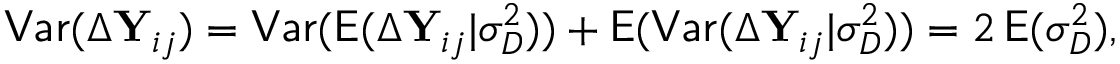
\mathsf { V a r } ( \Delta \mathbf Y _ { i j } ) = \mathsf { V a r } ( \mathsf E ( \Delta \mathbf Y _ { i j } | \sigma _ { D } ^ { 2 } ) ) + \mathsf E ( \mathsf { V a r } ( \Delta \mathbf Y _ { i j } | \sigma _ { D } ^ { 2 } ) ) = 2 \, \mathsf E ( \sigma _ { D } ^ { 2 } ) ,